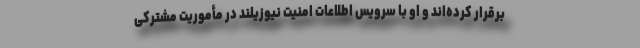
برقرار کرده‌اند و او با سرویس اطلاعات امنیت نیوزیلند در مأموریت مشترکی